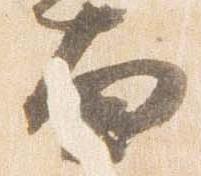
面